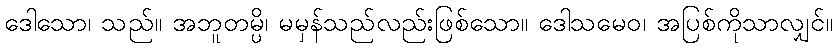
ဒေါသော၊ သည်။ အဘူတမ္ပိ၊ မမှန်သည်လည်းဖြစ်သော။ ဒေါသမေဝ၊ အပြစ်ကိုသာလျှင်။